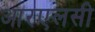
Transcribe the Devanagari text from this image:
आरएलसी